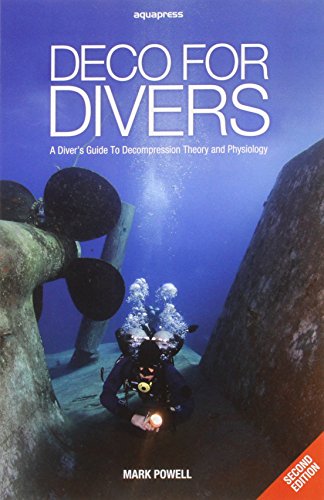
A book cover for Deco for Divers: A Diver's Guide to Decompression Theory and Physiology; Mark Powell; Sports & Outdoors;